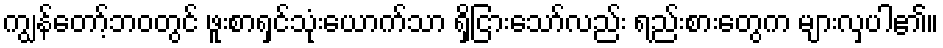
ကျွန်တော့်ဘဝတွင် ဖူးစာရှင်သုံးယောက်သာ ရှိငြားသော်လည်း ရည်းစားတွေက များလှပါ၏။